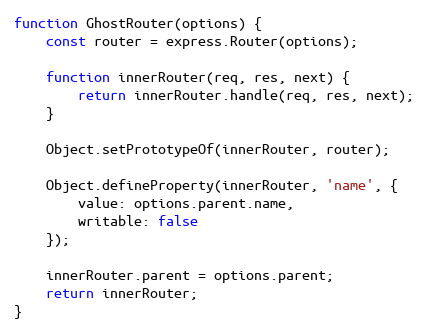
Language: JavaScript
function GhostRouter(options) {
    const router = express.Router(options);

    function innerRouter(req, res, next) {
        return innerRouter.handle(req, res, next);
    }

    Object.setPrototypeOf(innerRouter, router);

    Object.defineProperty(innerRouter, 'name', {
        value: options.parent.name,
        writable: false
    });

    innerRouter.parent = options.parent;
    return innerRouter;
}